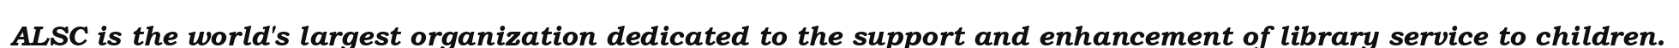
ALSC is the world's largest organization dedicated to the support and enhancement of library service to children.